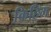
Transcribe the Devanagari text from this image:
किहिम